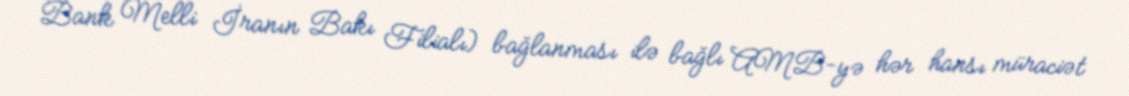
Bank Melli İranın Bakı Filialı) bağlanması ilə bağlı AMB-yə hər hansı müraciət